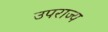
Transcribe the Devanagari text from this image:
उपराज्य